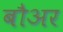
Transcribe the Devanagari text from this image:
बौअर